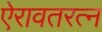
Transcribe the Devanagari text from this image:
ऐरावतरत्न